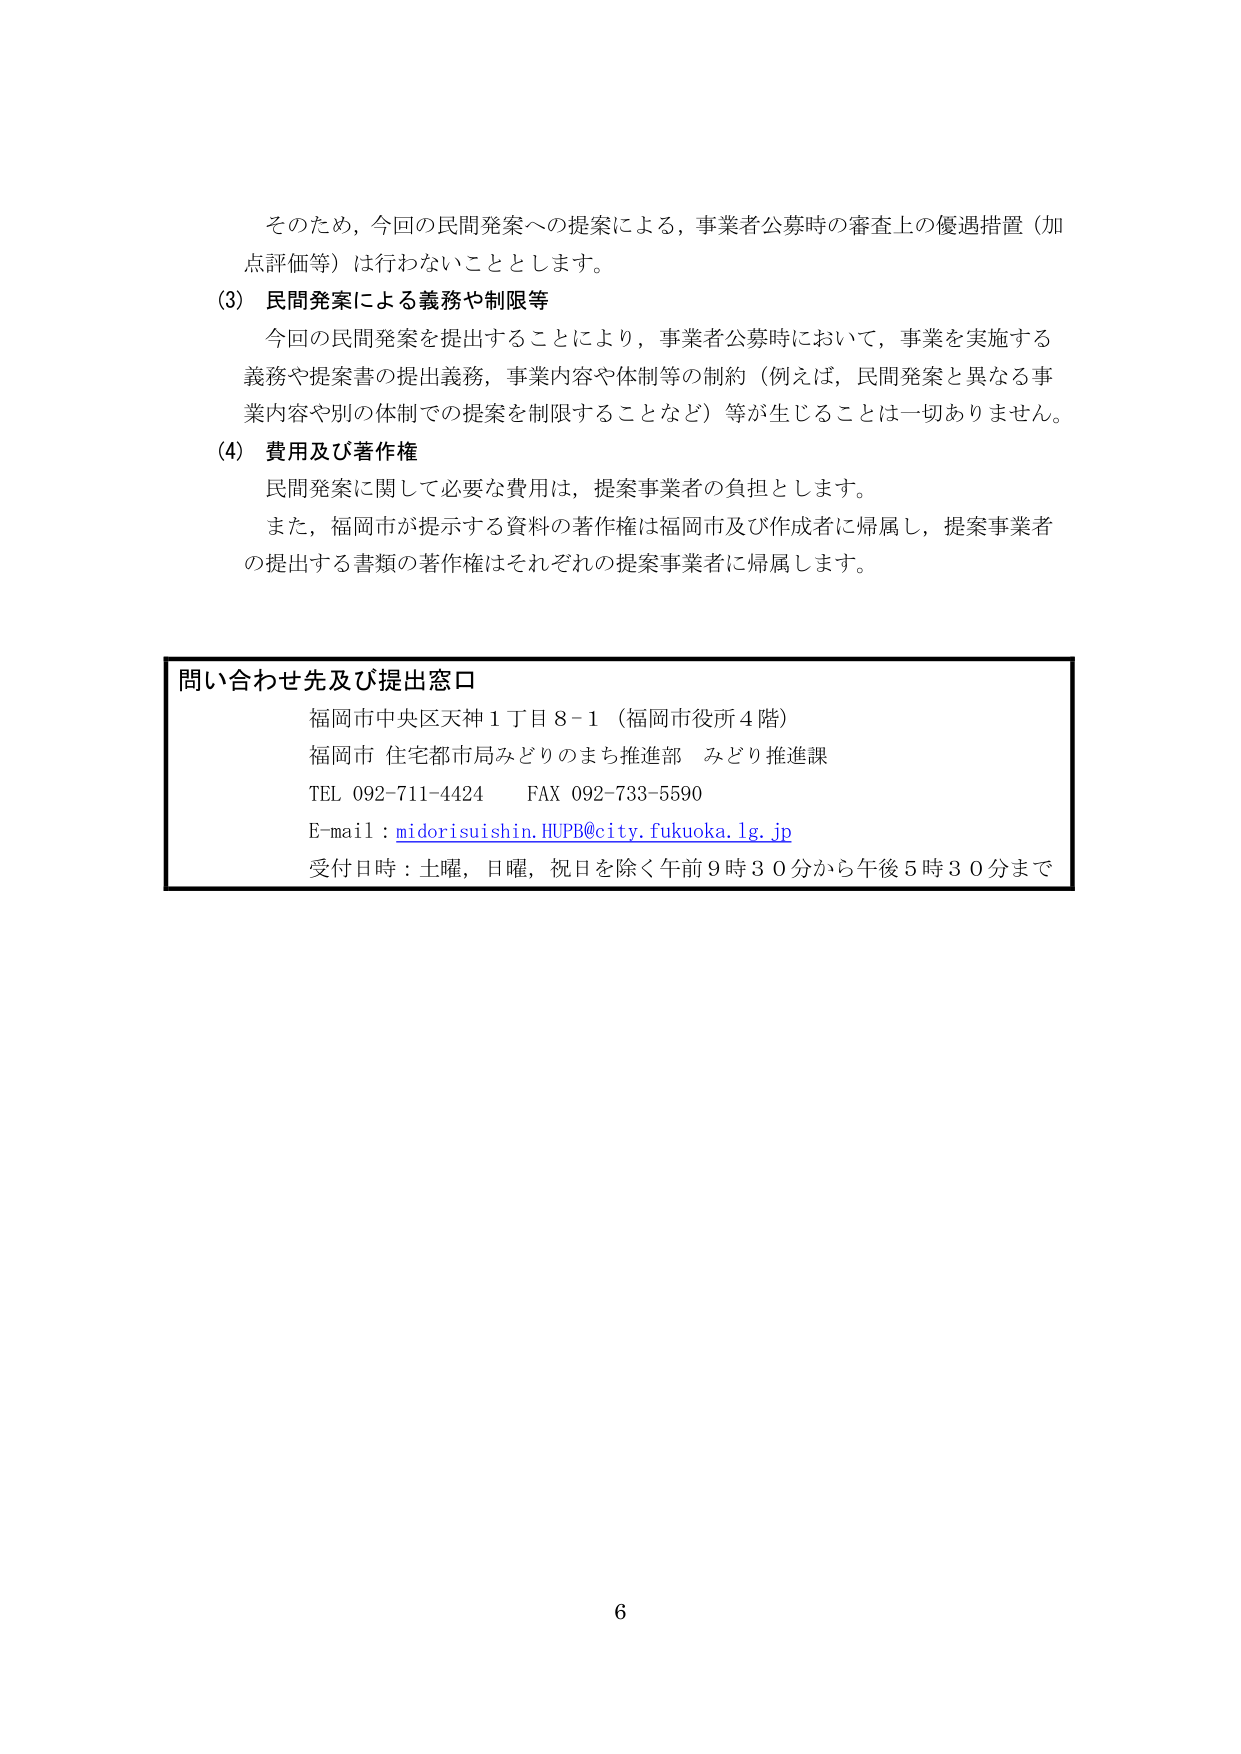
そのため，今回の民間発案への提案による，事業者公募時の審査上の優遇措置（加点評価等）は行わないこととします。

(3) 民間発案による義務や制限等
今回の民間発案を提出することにより，事業者公募時において，事業を実施する義務や提案書の提出義務，事業内容や体制等の制約（例えば，民間発案と異なる事業内容や別の体制での提案を制限することなど）等が生じることは一切ありません。

(4) 費用及び著作権
民間発案に関して必要な費用は，提案事業者の負担とします。
また，福岡市が提示する資料の著作権は福岡市及び作成者に帰属し，提案事業者の提出する書類の著作権はそれぞれの提案事業者に帰属します。

問い合わせ先及び提出窓口
福岡市中央区天神1丁目8-1（福岡市役所4階）
福岡市 住宅都市局みどりのまち推進部 みどり推進課
TEL 092-711-4424 FAX 092-733-5590
E-mail : midorisuishin.HUPB@city.fukuoka.lg.jp
受付日時：土曜，日曜，祝日を除く午前9時30分から午後5時30分まで

6